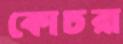
কোচরা